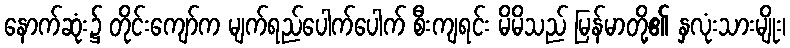
နောက်ဆုံး၌ တိုင်းကျော်က မျက်ရည်ပေါက်ပေါက် စီးကျရင်း မိမိသည် မြန်မာတို့၏ နှလုံးသားမျိုး၊